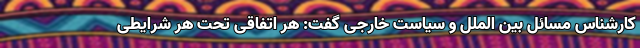
کارشناس مسائل بین الملل و سیاست خارجی گفت:‌ هر اتفاقی تحت هر شرایطی